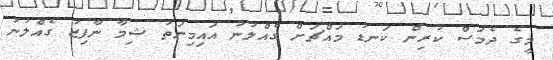
މީގެ ދެމަސް ކުރިން ކަނޑު މައްޗަށް ގެއްލުނު އައިމިނަތު ޝިމާ ނާފިޒު ގެއްލުނު